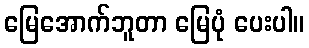
မြေအောက်ဘူတာ မြေပုံ ပေးပါ။